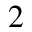
2